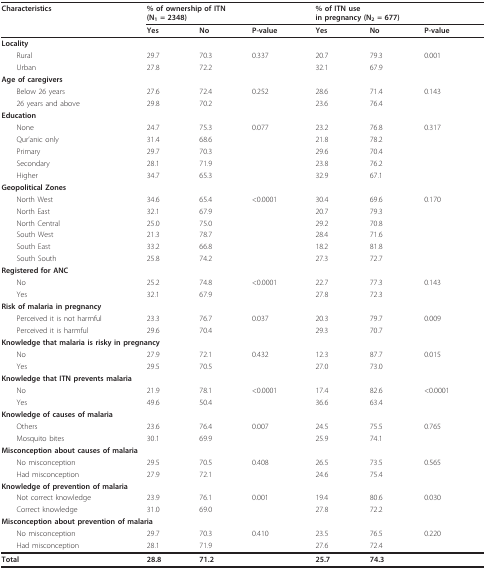
<table><thead><tr><td><b>Characteristics</b></td><td colspan="3"><b>% of ownership of ITN(N<sub>1 </sub>= 2348)</b></td><td colspan="3"><b>% of ITN usein pregnancy (N<sub>2 </sub>= 677)</b></td></tr><tr><td></td><td><b>Yes</b></td><td><b>No</b></td><td><b>P-value</b></td><td><b>Yes</b></td><td><b>No</b></td><td><b>P-value</b></td></tr></thead><tbody><tr><td><b>Locality</b></td><td></td><td></td><td></td><td></td><td></td><td></td></tr><tr><td> Rural</td><td>29.7</td><td>70.3</td><td>0.337</td><td>20.7</td><td>79.3</td><td>0.001</td></tr><tr><td> Urban</td><td>27.8</td><td>72.2</td><td></td><td>32.1</td><td>67.9</td><td></td></tr><tr><td><b>Age of caregivers</b></td><td></td><td></td><td></td><td></td><td></td><td></td></tr><tr><td> Below 26 years</td><td>27.6</td><td>72.4</td><td>0.252</td><td>28.6</td><td>71.4</td><td>0.143</td></tr><tr><td> 26 years and above</td><td>29.8</td><td>70.2</td><td></td><td>23.6</td><td>76.4</td><td></td></tr><tr><td><b>Education</b></td><td></td><td></td><td></td><td></td><td></td><td></td></tr><tr><td> None</td><td>24.7</td><td>75.3</td><td>0.077</td><td>23.2</td><td>76.8</td><td>0.317</td></tr><tr><td> Qur&#x27;anic only</td><td>31.4</td><td>68.6</td><td></td><td>21.8</td><td>78.2</td><td></td></tr><tr><td> Primary</td><td>29.7</td><td>70.3</td><td></td><td>29.6</td><td>70.4</td><td></td></tr><tr><td> Secondary</td><td>28.1</td><td>71.9</td><td></td><td>23.8</td><td>76.2</td><td></td></tr><tr><td> Higher</td><td>34.7</td><td>65.3</td><td></td><td>32.9</td><td>67.1</td><td></td></tr><tr><td><b>Geopolitical Zones</b></td><td></td><td></td><td></td><td></td><td></td><td></td></tr><tr><td> North West</td><td>34.6</td><td>65.4</td><td>&lt;0.0001</td><td>30.4</td><td>69.6</td><td>0.170</td></tr><tr><td> North East</td><td>32.1</td><td>67.9</td><td></td><td>20.7</td><td>79.3</td><td></td></tr><tr><td> North Central</td><td>25.0</td><td>75.0</td><td></td><td>29.2</td><td>70.8</td><td></td></tr><tr><td> South West</td><td>21.3</td><td>78.7</td><td></td><td>28.4</td><td>71.6</td><td></td></tr><tr><td> South East</td><td>33.2</td><td>66.8</td><td></td><td>18.2</td><td>81.8</td><td></td></tr><tr><td> South South</td><td>25.8</td><td>74.2</td><td></td><td>27.3</td><td>72.7</td><td></td></tr><tr><td><b>Registered for ANC</b></td><td></td><td></td><td></td><td></td><td></td><td></td></tr><tr><td> No</td><td>25.2</td><td>74.8</td><td>&lt;0.0001</td><td>22.7</td><td>77.3</td><td>0.143</td></tr><tr><td> Yes</td><td>32.1</td><td>67.9</td><td></td><td>27.8</td><td>72.3</td><td></td></tr><tr><td><b>Risk of malaria in pregnancy</b></td><td></td><td></td><td></td><td></td><td></td><td></td></tr><tr><td> Perceived it is not harmful</td><td>23.3</td><td>76.7</td><td>0.037</td><td>20.3</td><td>79.7</td><td>0.009</td></tr><tr><td> Perceived it is harmful</td><td>29.6</td><td>70.4</td><td></td><td>29.3</td><td>70.7</td><td></td></tr><tr><td colspan="7"><b>Knowledge that malaria is risky in pregnancy</b></td></tr><tr><td> No</td><td>27.9</td><td>72.1</td><td>0.432</td><td>12.3</td><td>87.7</td><td>0.015</td></tr><tr><td> Yes</td><td>29.5</td><td>70.5</td><td></td><td>27.0</td><td>73.0</td><td></td></tr><tr><td colspan="7"><b>Knowledge that ITN prevents malaria</b></td></tr><tr><td> No</td><td>21.9</td><td>78.1</td><td>&lt;0.0001</td><td>17.4</td><td>82.6</td><td>&lt;0.0001</td></tr><tr><td> Yes</td><td>49.6</td><td>50.4</td><td></td><td>36.6</td><td>63.4</td><td></td></tr><tr><td><b>Knowledge of causes of malaria</b></td><td></td><td></td><td></td><td></td><td></td><td></td></tr><tr><td> Others</td><td>23.6</td><td>76.4</td><td>0.007</td><td>24.5</td><td>75.5</td><td>0.765</td></tr><tr><td> Mosquito bites</td><td>30.1</td><td>69.9</td><td></td><td>25.9</td><td>74.1</td><td></td></tr><tr><td colspan="7"><b>Misconception about causes of malaria</b></td></tr><tr><td> No misconception</td><td>29.5</td><td>70.5</td><td>0.408</td><td>26.5</td><td>73.5</td><td>0.565</td></tr><tr><td> Had misconception</td><td>27.9</td><td>72.1</td><td></td><td>24.6</td><td>75.4</td><td></td></tr><tr><td colspan="7"><b>Knowledge of prevention of malaria</b></td></tr><tr><td> Not correct knowledge</td><td>23.9</td><td>76.1</td><td>0.001</td><td>19.4</td><td>80.6</td><td>0.030</td></tr><tr><td> Correct knowledge</td><td>31.0</td><td>69.0</td><td></td><td>27.8</td><td>72.2</td><td></td></tr><tr><td colspan="7"><b>Misconception about prevention of malaria</b></td></tr><tr><td> No misconception</td><td>29.7</td><td>70.3</td><td>0.410</td><td>23.5</td><td>76.5</td><td>0.220</td></tr><tr><td> Had misconception</td><td>28.1</td><td>71.9</td><td></td><td>27.6</td><td>72.4</td><td></td></tr><tr><td><b>Total</b></td><td><b>28.8</b></td><td><b>71.2</b></td><td></td><td><b>25.7</b></td><td><b>74.3</b></td><td></td></tr></tbody></table>